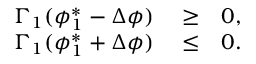
\begin{array} { r l r } { \Gamma _ { 1 } ( \phi _ { 1 } ^ { * } - \Delta \phi ) } & { { } \geq } & { 0 , } \\ { \Gamma _ { 1 } ( \phi _ { 1 } ^ { * } + \Delta \phi ) } & { { } \leq } & { 0 . } \end{array}